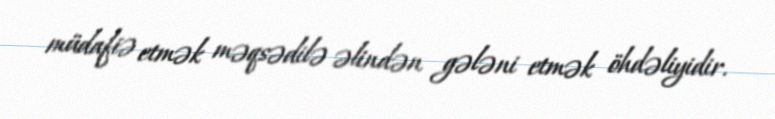
müdafiə etmək məqsədilə əlindən gələni etmək öhdəliyidir.